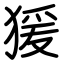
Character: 猨